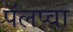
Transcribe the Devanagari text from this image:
पॅलप्वा